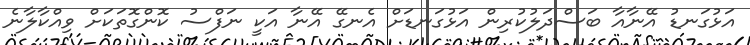
އަޅުގަނޑު އޭނާއާ ބަސްދަލުކުރިން އަޅުގަނޑަށް އެނގޭ އޭނާ އަކީ ނަފްސު ކޮންގޮތަކަށް ވިއްކާލާނެ